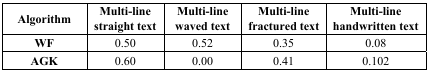
<table><thead><tr><td><b>Algorithm</b></td><td><b>Multi-line straight text</b></td><td><b>Multi-line waved text</b></td><td><b>Multi-line fractured text</b></td><td><b>Multi-line handwritten text</b></td></tr></thead><tbody><tr><td><b>WF</b></td><td>0.50</td><td>0.52</td><td>0.35</td><td>0.08</td></tr><tr><td><b>AGK</b></td><td>0.60</td><td>0.00</td><td>0.41</td><td>0.102</td></tr></tbody></table>